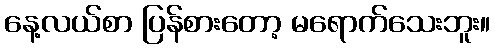
နေ့လယ်စာ ပြန်စားတော့ မရောက်သေးဘူး။